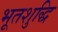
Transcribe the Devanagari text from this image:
भूतशुद्धि